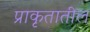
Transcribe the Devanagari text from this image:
प्राकृतातील